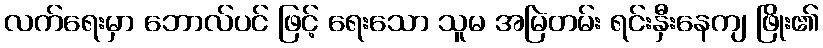
လက်ရေးမှာ ဘောလ်ပင် ဖြင့် ရေးသော သူမ အမြဲတမ်း ရင်းနှီးနေကျ ဖြိုး၏